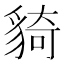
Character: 䝝